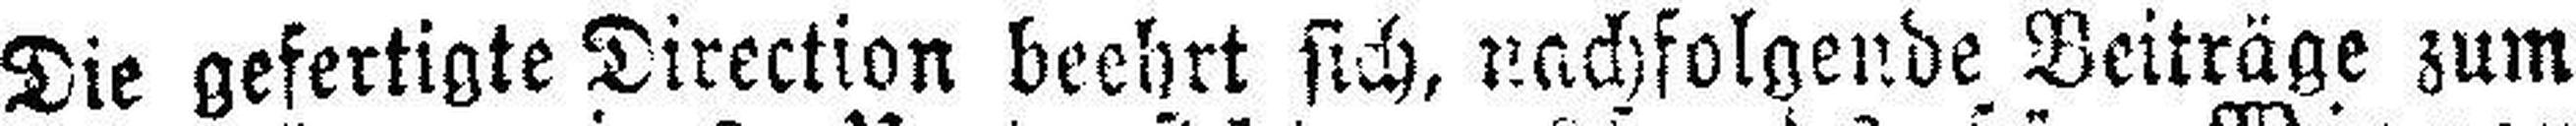
Die gefertigte Direction beehrt sich, nachfolgende Beiträge zum